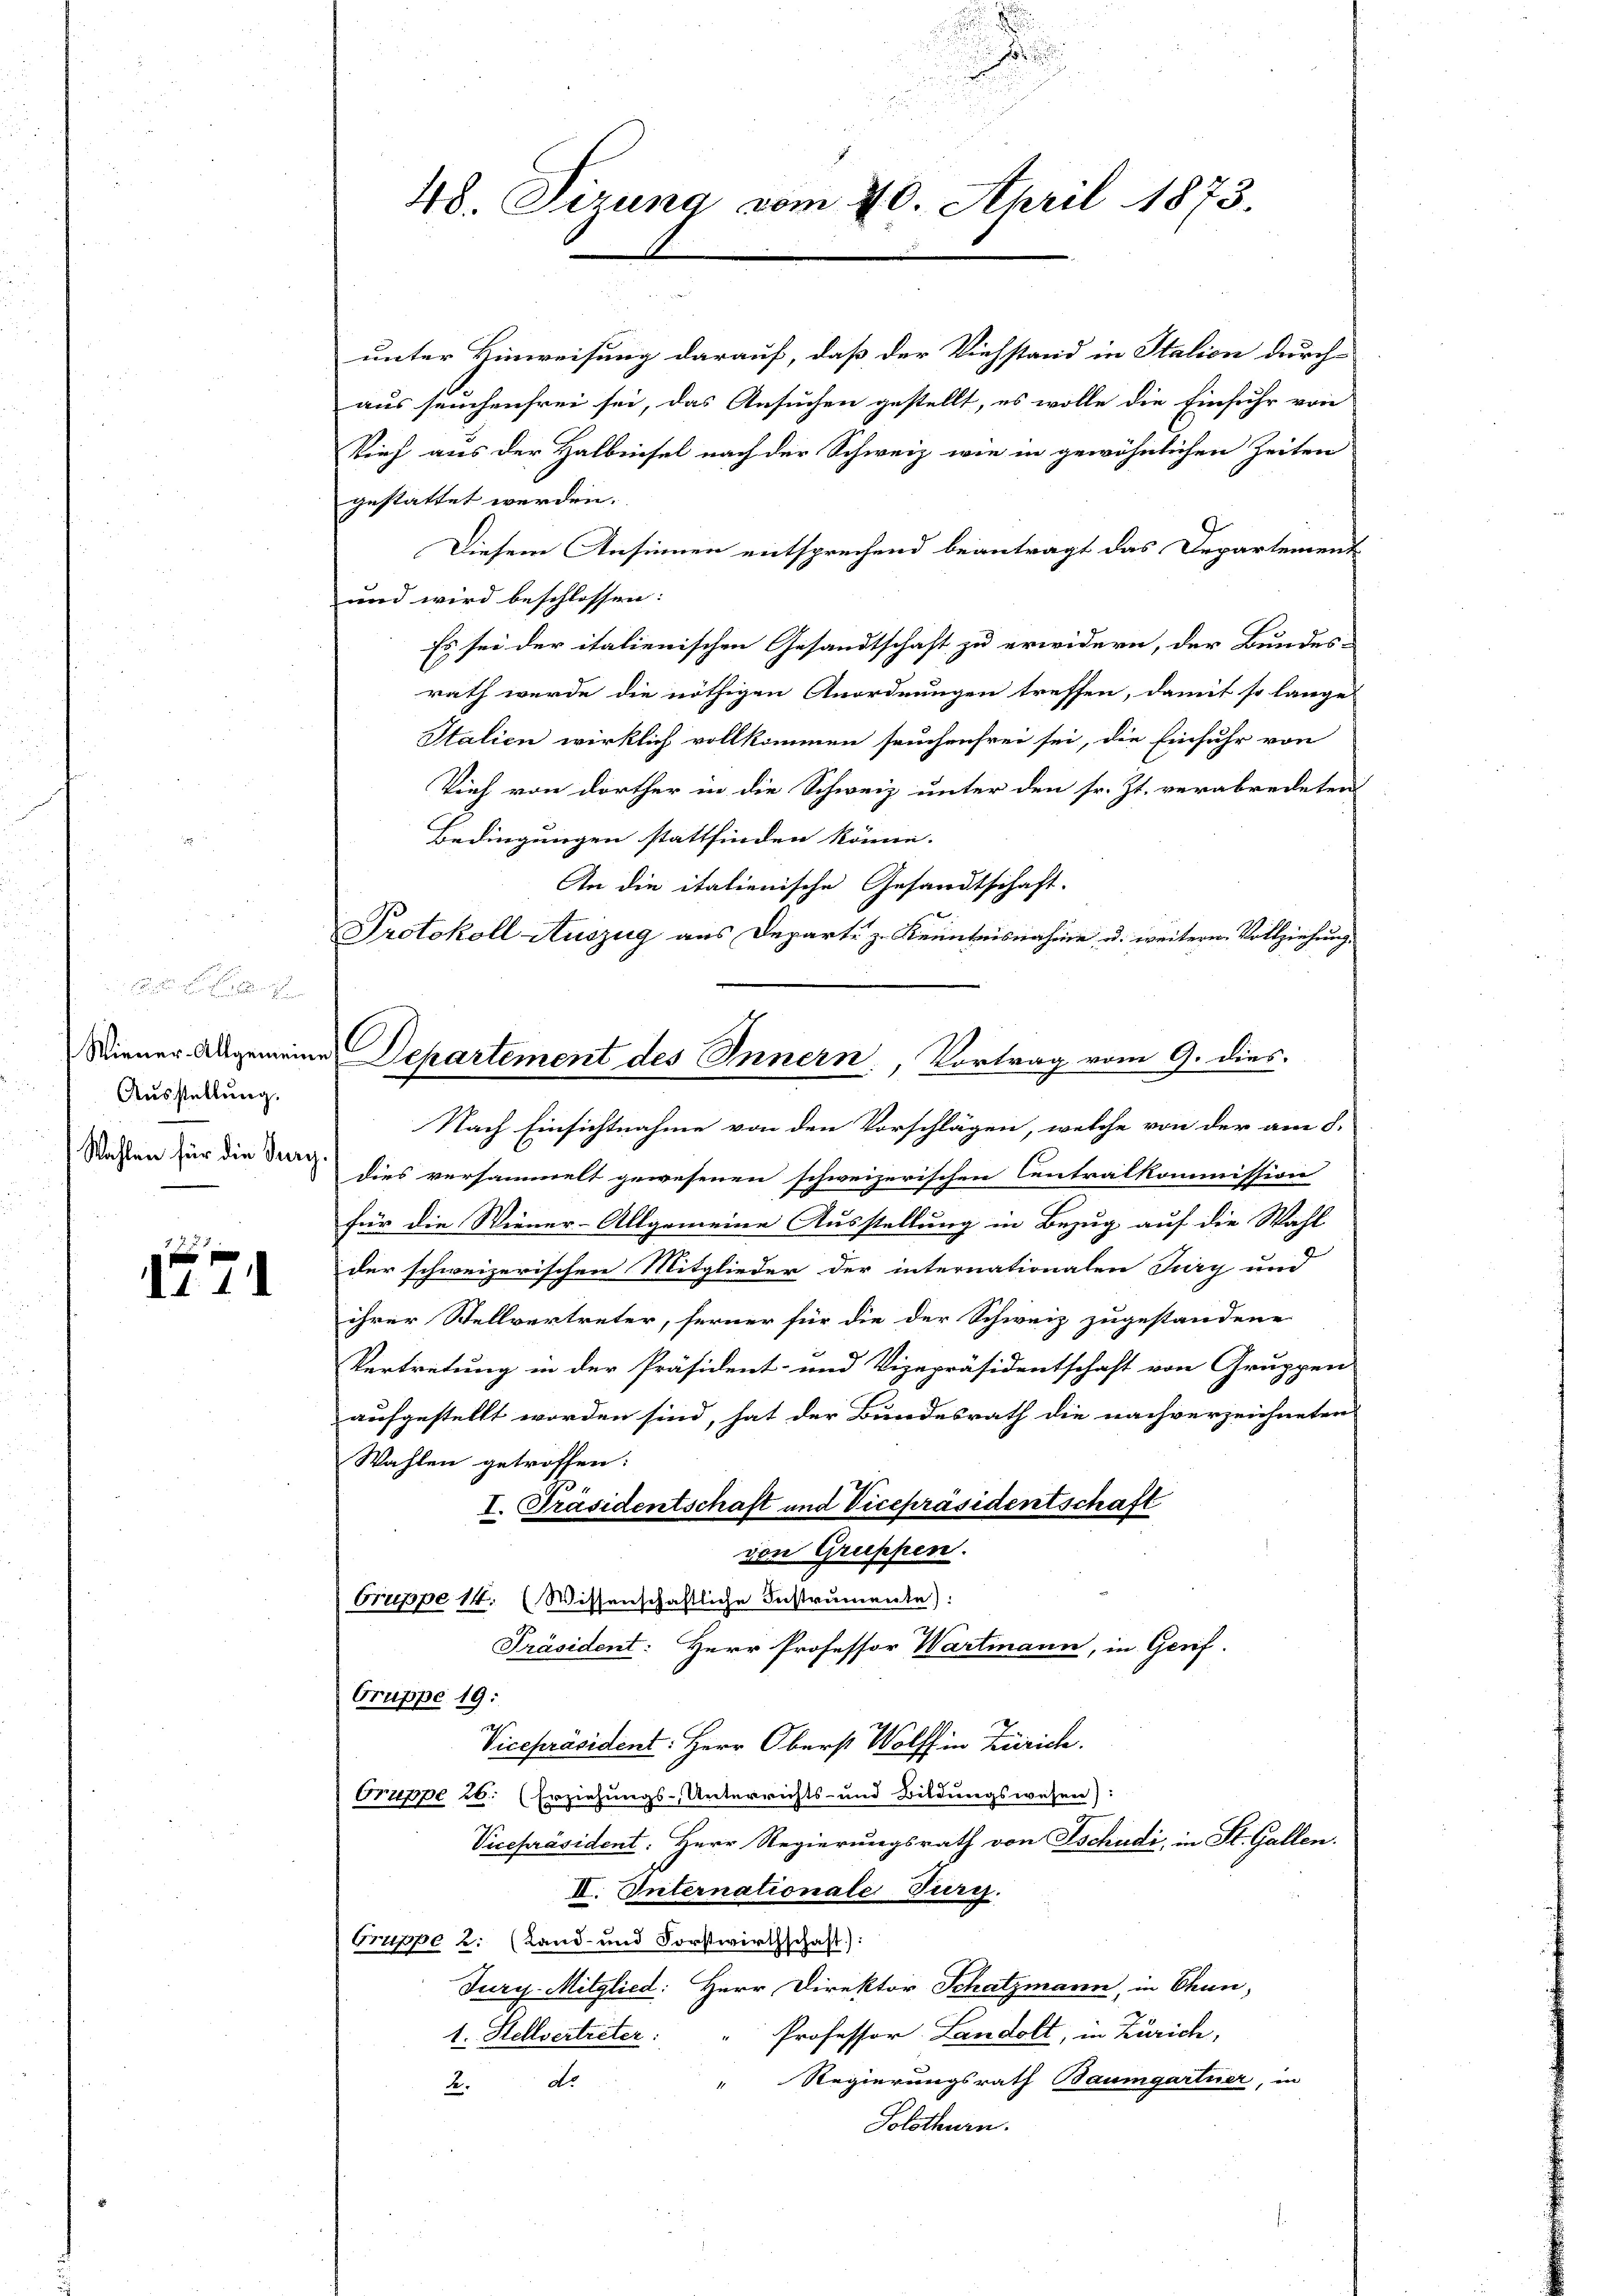
Ausstellung.
Wahlen für die Berg

1 f
d. 1. 14

Protokoll Auszug aus Departi zu Kenntnisnahme u. weiterer Vollziehung.
Miener Angemeine Departement des Innern, Vortrag vom 9. dies

48. Sizung vom 20. April 1873.

unter Hinweisung darauf, daß der Viehstand in Station durch
aus seuchenfrei sei, das Ansuchen gestellt, es wolle die Einfuhr von
Vieh aus der Halbnisel nach der Schweiz wie in gewöhnlichen Zeiten
gestattet werden.
Diesem Ansinnen entsprechend beantragt das Departement
und wird beschlossen:
Es sei der italienischen Gesandtschaft zu erwidern, der Bundes-
rath wurde die nöthigen Anordnungen treffen, damit so lange
Italien wirklich vollkommen seuchenfrei sei, die Einfuhr von
Vieh von dorther in die Schweiz unter den sr. Zt. verabredeten
Bedingungen stattfinden könne.
An die italienische Gesandtschaft.
Nach Einsichtnahme von den Vorschlägen, welche von der am 8.
dies versammelt gewesenen schweizerischen Centralkommission
für die Wiener-Allgemeine Ausstellung in Bezug auf die Wahl
der schweizerischen Mitglieder der internationalen Jury und
ihrer Stellvertreter, ferner für die der Schweiz zugestandene
Vertretung in der Präsident- und Vizepräsidentschaft von Gruppen
aufgestellt worden sind, hat der Bundesrath die nachverzeichneten
Wahlen getroffen:
I. Präsidentschaft und Vicepräsidentschaft
den Gruppen.
Gruppe 14. (Wissenschaftliche Instrumente):
Präsident: Herr Professor Wartmann, in Gerif
Gruppe 19:
Vicepräsident: Herr Oberst Wolff in Zürich.
Gruppe 26. (Erziehungs-Unterrichts- und Bildungswesen):
Vicepräsident: Herr Regierungsrath von Tschudi, in St. Gallen.
II. Internationale Turg.
Cruppe 2. (Land- und Forstwirthschaft):
Jury. Mitglied: Herr Direktor Schatzmann, in Chun,
Professor Landolt, in Zürich,
1. Stellvertreter:
Regierungsrath Baumgartner, in
2de
Solothurn.